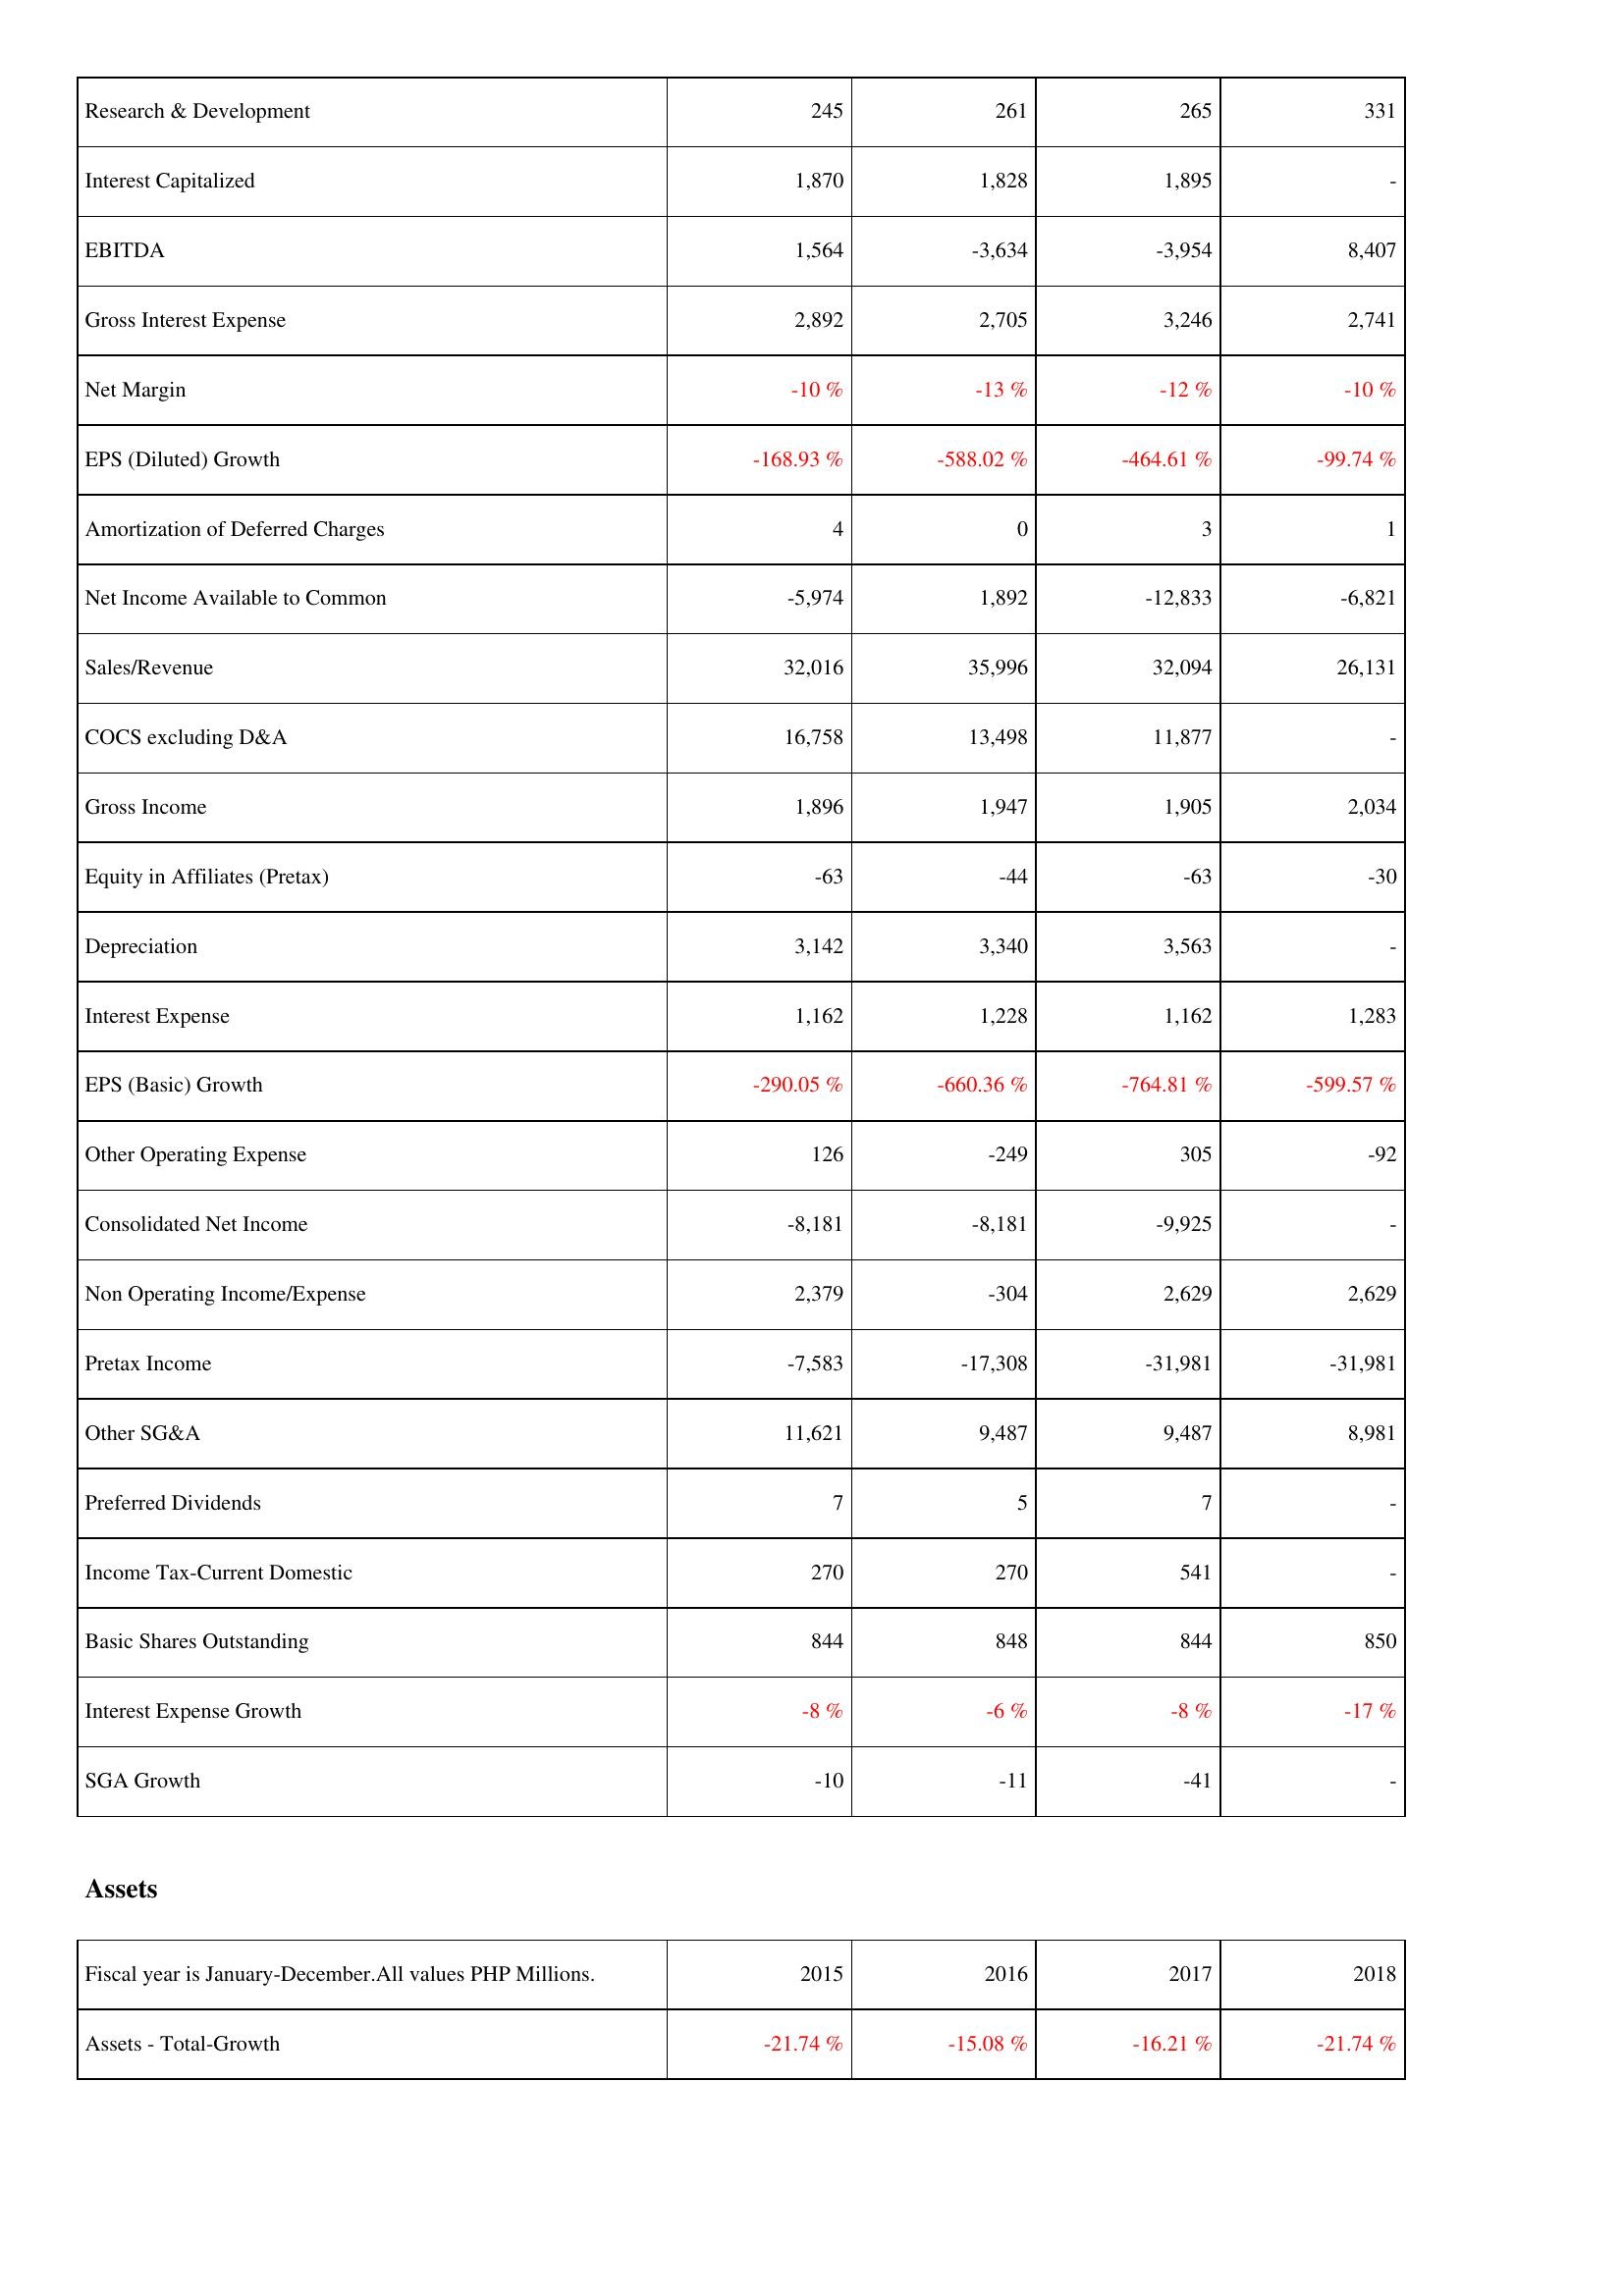
2015: Income Statement: Research & Development: 245
Interest Capitalized: 1,870
EBITDA: 1,564
Gross Interest Expense: 2,892
Net Margin: -10 %
EPS (Diluted) Growth: -168.93 %
Amortization of Deferred Charges: 4
Net Income Available to Common: -5,974
Sales/Revenue: 32,016
COCS excluding D&A: 16,758
Gross Income: 1,896
Equity in Affiliates (Pretax): -63
Depreciation: 3,142
Interest Expense: 1,162
EPS (Basic) Growth: -290.05 %
Other Operating Expense: 126
Consolidated Net Income: -8,181
Non Operating Income/Expense: 2,379
Pretax Income: -7,583
Other SG&A: 11,621
Preferred Dividends: 7
Income Tax-Current Domestic: 270
Basic Shares Outstanding: 844
Interest Expense Growth: -8 %
SGA Growth: -10
Assets: Assets - Total-Growth: -21.74 %
2016: Income Statement: Research & Development: 261
Interest Capitalized: 1,828
EBITDA: -3,634
Gross Interest Expense: 2,705
Net Margin: -13 %
EPS (Diluted) Growth: -588.02 %
Amortization of Deferred Charges: 0
Net Income Available to Common: 1,892
Sales/Revenue: 35,996
COCS excluding D&A: 13,498
Gross Income: 1,947
Equity in Affiliates (Pretax): -44
Depreciation: 3,340
Interest Expense: 1,228
EPS (Basic) Growth: -660.36 %
Other Operating Expense: -249
Consolidated Net Income: -8,181
Non Operating Income/Expense: -304
Pretax Income: -17,308
Other SG&A: 9,487
Preferred Dividends: 5
Income Tax-Current Domestic: 270
Basic Shares Outstanding: 848
Interest Expense Growth: -6 %
SGA Growth: -11
Assets: Assets - Total-Growth: -15.08 %
2017: Income Statement: Research & Development: 265
Interest Capitalized: 1,895
EBITDA: -3,954
Gross Interest Expense: 3,246
Net Margin: -12 %
EPS (Diluted) Growth: -464.61 %
Amortization of Deferred Charges: 3
Net Income Available to Common: -12,833
Sales/Revenue: 32,094
COCS excluding D&A: 11,877
Gross Income: 1,905
Equity in Affiliates (Pretax): -63
Depreciation: 3,563
Interest Expense: 1,162
EPS (Basic) Growth: -764.81 %
Other Operating Expense: 305
Consolidated Net Income: -9,925
Non Operating Income/Expense: 2,629
Pretax Income: -31,981
Other SG&A: 9,487
Preferred Dividends: 7
Income Tax-Current Domestic: 541
Basic Shares Outstanding: 844
Interest Expense Growth: -8 %
SGA Growth: -41
Assets: Assets - Total-Growth: -16.21 %
2018: Income Statement: Research & Development: 331
Interest Capitalized: -
EBITDA: 8,407
Gross Interest Expense: 2,741
Net Margin: -10 %
EPS (Diluted) Growth: -99.74 %
Amortization of Deferred Charges: 1
Net Income Available to Common: -6,821
Sales/Revenue: 26,131
COCS excluding D&A: -
Gross Income: 2,034
Equity in Affiliates (Pretax): -30
Depreciation: -
Interest Expense: 1,283
EPS (Basic) Growth: -599.57 %
Other Operating Expense: -92
Consolidated Net Income: -
Non Operating Income/Expense: 2,629
Pretax Income: -31,981
Other SG&A: 8,981
Preferred Dividends: -
Income Tax-Current Domestic: -
Basic Shares Outstanding: 850
Interest Expense Growth: -17 %
SGA Growth: -
Assets: Assets - Total-Growth: -21.74 %